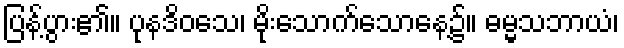
ပြန့်ပွား၏။ ပုနဒိဝသေ၊ မိုးသောက်သောနေ့၌။ ဓမ္မသဘာယံ၊